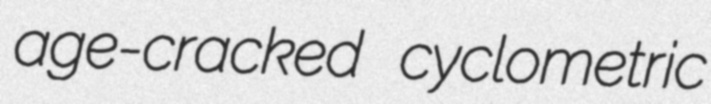
age-cracked cyclometric